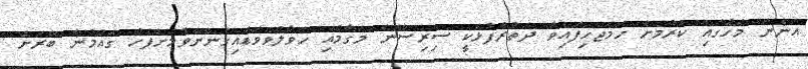
އަންނަ މަހުގައި ކުރުމަށް ހަމަޖެހިފައިވާ ދަތުރުފުޅަކީ ސިިރިސޭނަ މަގާމާއި ހަވާލުވެވަޑައިގެންނެވުމަށްފަހު ގައުމުން ބޭރަށް